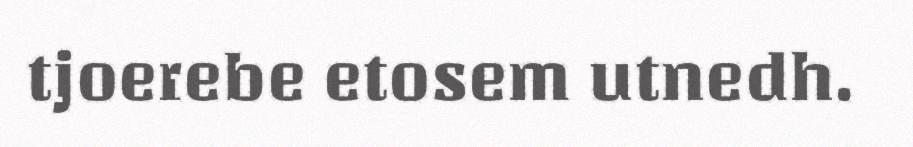
tjoerebe etosem utnedh.